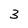
Character: 3